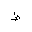
Letter: _da